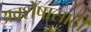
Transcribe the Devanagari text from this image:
अवशेषांसाठी